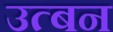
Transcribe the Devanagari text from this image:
उत्बन